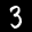
Label: 3